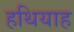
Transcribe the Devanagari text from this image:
हथियाह